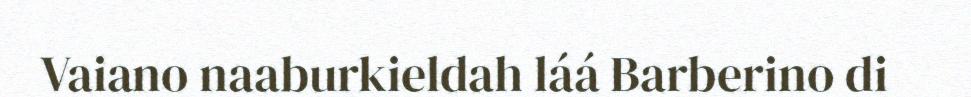
Vaiano naaburkieldah láá Barberino di